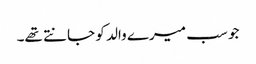
جو سب میرے والد کو جانتے تھے۔